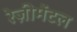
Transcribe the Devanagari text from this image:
रेज़ीमेंटल